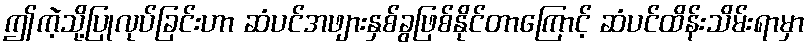
ဤကဲ့သို့ပြုလုပ်ခြင်းဟာ ဆံပင်အဖျားနှစ်ခွဖြစ်နိုင်တာကြောင့် ဆံပင်ထိန်းသိမ်းရာမှာ